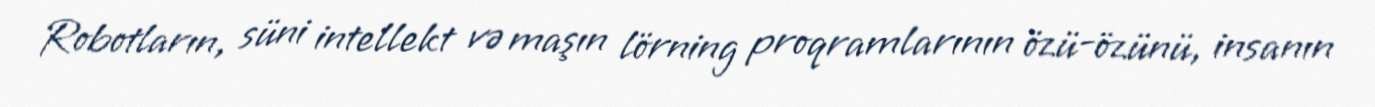
Robotların, süni intellekt və maşın lörning proqramlarının özü-özünü, insanın